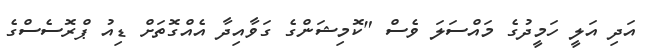
އަދި އަލީ ހަމީދުގެ މައްސަލަ ވެސް "ކޮމިޝަންގެ ގަވާއިދާ އެއްގޮތަށް ޑިއު ޕްރޮސެސްގެ